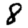
Digit: 8